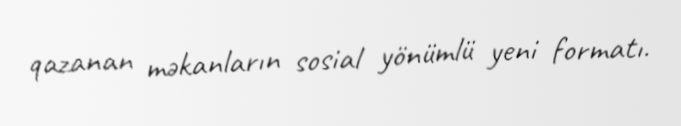
qazanan məkanların sosial yönümlü yeni formatı.